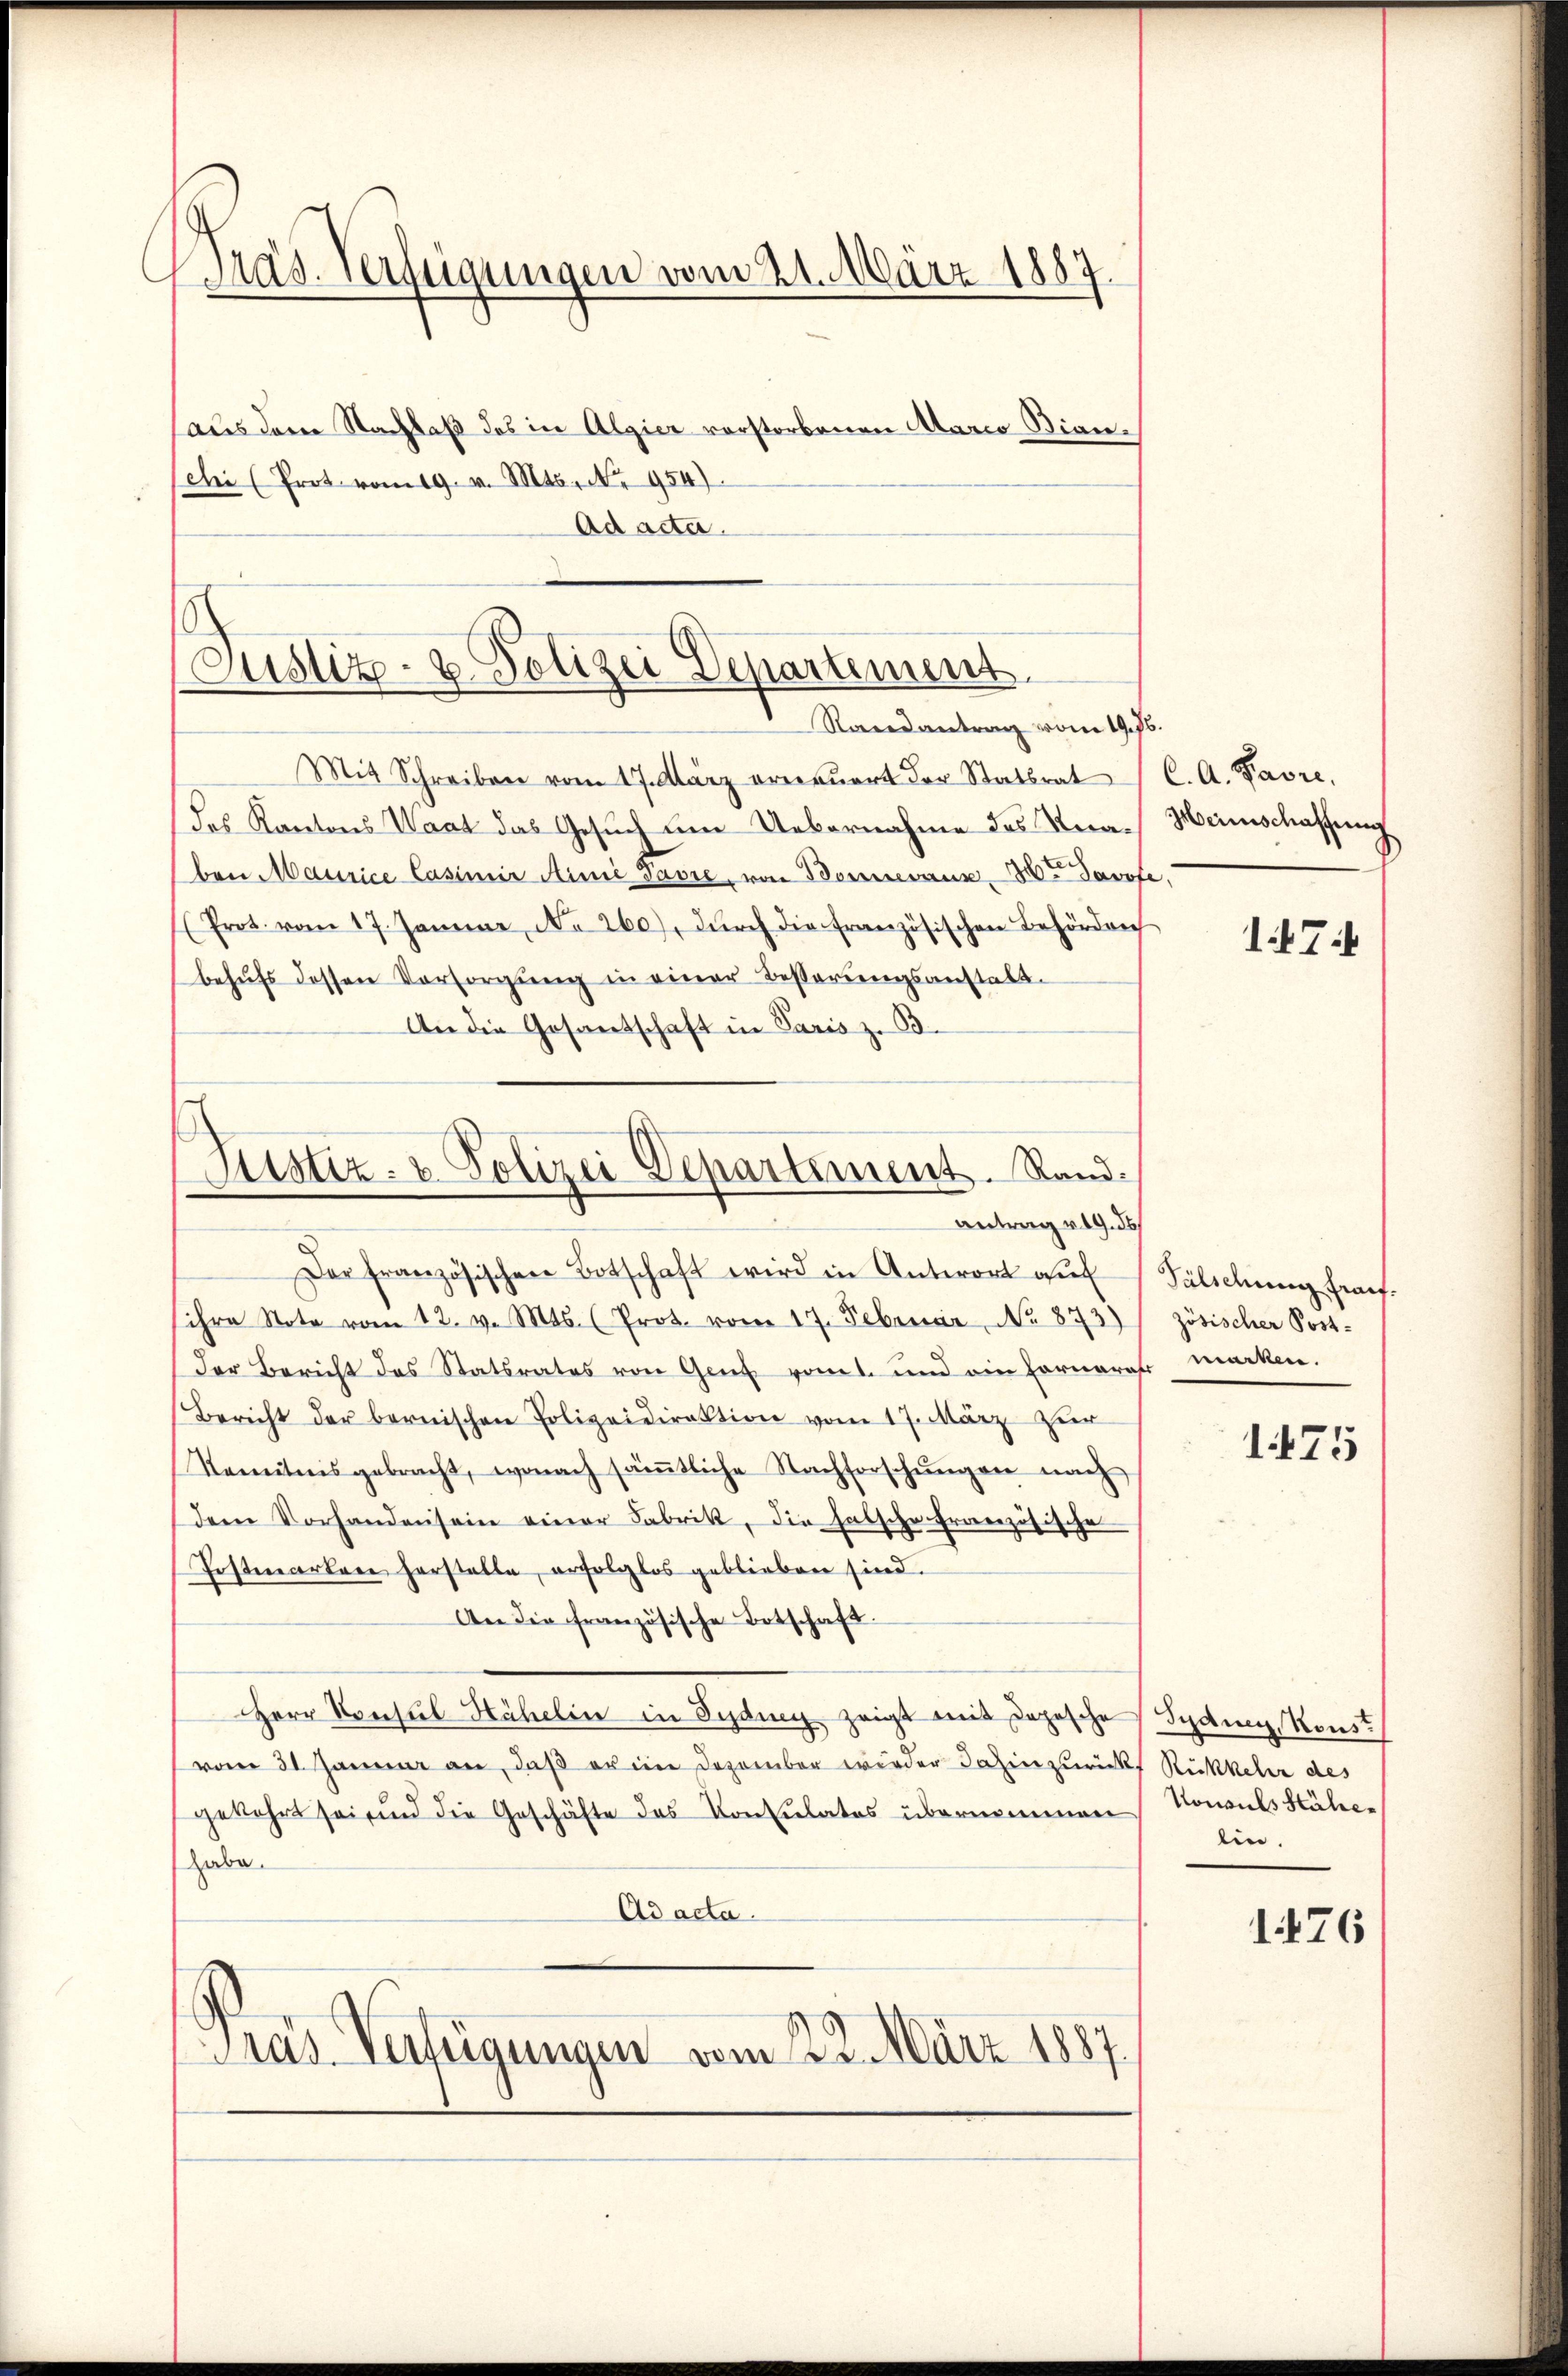
Präs. Verfügungen vom 21. März 1887
(aus dem Nachlaß des in Algier vorstorbenen Alario Bian.
schi (Prot vom 19. v. Mts. Nr. 954).

Ad acta.

Justiz- u. Polizei Departement
Randantrag vom 19. 76.

Justiz- & Polizei Departement. Randantrag v. 19. de
Der französischen Botschaft wird in Antwort aŭf Fälschung frauf.

Mit Schreiben vom 17. März erneŭert der Statsrat C. A. Favre,
des Kantons Waat das Gesuch um Uebernahme des Sera-Meinschaffung
ben Maurice Casimir Minić Favre, von Bennenannten Davofe,
Prot. vom 17. Januar, No 260), dŭrch die französischen Behörden
behŭfs dessen Vorsorgŭng in einer Besserungsanstalt-
An die Gesandschaft in Paris z. B.

ihre Note vom 12. v. Mts. (Prot. vom 17. Februar, No. 873)
Der Bericht des Statsrates von Genf vom t. und ein Fornarafe marken.
Bericht der bernischen Polizeidirektion vom 17. März zur
Nemitnis gebracht, wonach säṁtliche Nachforschŭngen nach
dem Vorhanden sein einer Fabrik, die Habsche Französische
Postmarken herstelle, erfolglos geblieben sind.
An die französische Botschaft.
Herr Konsul Hähelin in Sydung zeigt mit Depesche
vom 31. Januar an, daß er eine Dezember wieder dahin zurückt Rückkehr des
gekehrt sei und die Geschäfte des Konsulates übernommen Konsuls Stähehabe.
Ad acta.
Pras Verfügungen vom 22. März 1887.

174

zösischer Post-

1475

Jydney, Konst
lin.

1476